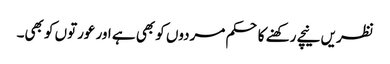
نظریں نیچے رکھنے کا حکم مردوں کو بھی ہے اور عورتوں کو بھی۔